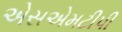
એસએમટીપી